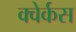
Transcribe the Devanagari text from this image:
क्वेर्कस